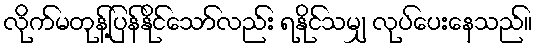
လိုက်မတုန့်ပြန်နိုင်သော်လည်း ရနိုင်သမျှ လုပ်ပေးနေသည်။